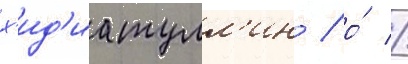
х'ид'иатулл'ин / о́ //